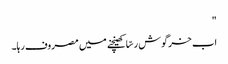
"
اب خرگوش رسّا کھینچنے میں مصروف رہا۔